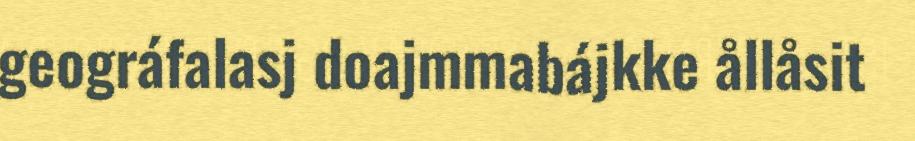
geográfalasj doajmmabájkke ållåsit